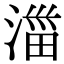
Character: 湽